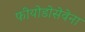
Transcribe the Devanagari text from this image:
फीयोडोसेवेना